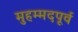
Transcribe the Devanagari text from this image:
मुहम्मदपूर्व